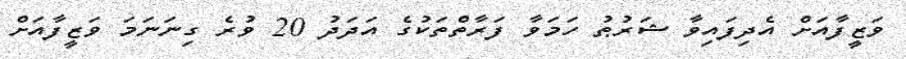
ވަޒީފާއަށް އެދިފައިވާ ޝަރުޠު ހަމަވާ ފަރާތްތަކުގެ އަދަދު 20 ވުރެ ގިނަނަމަ ވަޒީފާއަށް